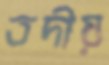
তদীয়